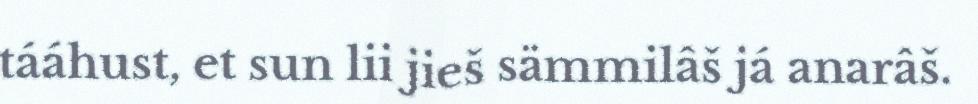
tááhust, et sun lii jieš sämmilâš já anarâš.